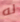
له